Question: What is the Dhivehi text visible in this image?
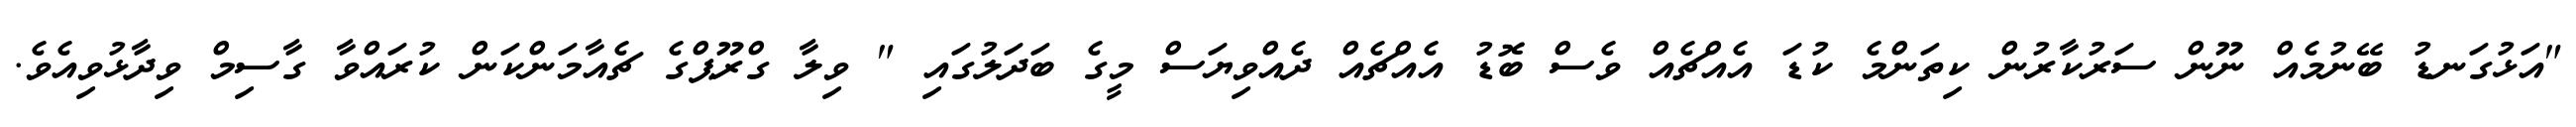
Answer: "އަޅުގަނޑު ބޭނުމެއް ނޫން ސަރުކާރުން ކިތަންމެ ކުޑަ އެއްޗެއް ވެސް ބޮޑު އެއްޗެއް ދެއްވިޔަސް މީގެ ބަދަލުގައި " ވިލާ ގްރޫޕްގެ ޗެއާމަންކަން ކުރައްވާ ގާސިމް ވިދާޅުވިއެވެ.